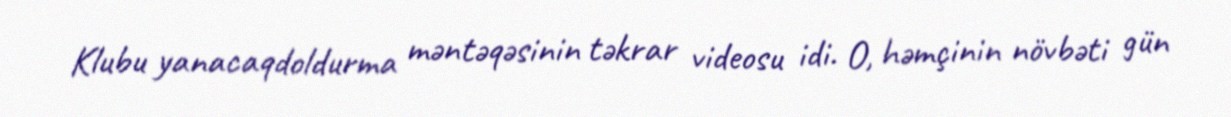
Klubu yanacaqdoldurma məntəqəsinin təkrar videosu idi. O, həmçinin növbəti gün